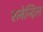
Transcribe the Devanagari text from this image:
एलेन्दिल